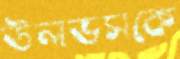
উলভসকে